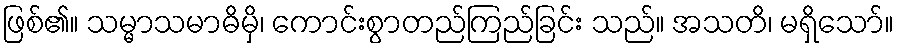
ဖြစ်၏။ သမ္မာသမာဓိမှိ၊ ကောင်းစွာတည်ကြည်ခြင်း သည်။ အသတိ၊ မရှိသော်။